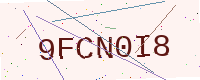
Text: 9FCN0I8